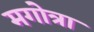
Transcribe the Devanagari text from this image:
मगोत्रा